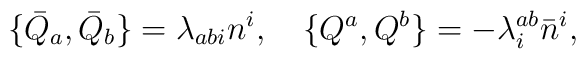
\{ \bar Q_a , \bar Q_b \} =   \lambda_{abi}n^i , \quad\{  Q^a , Q^b \} =  -  \lambda^{ab}_i \bar n^i ,